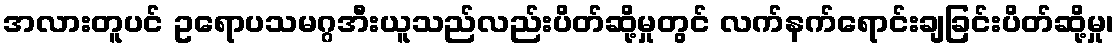
အလားတူပင် ဥရောပသမဂ္ဂအီးယူသည်လည်းပိတ်ဆို့မှုတွင် လက်နက်ရောင်းချခြင်းပိတ်ဆို့မှု၊